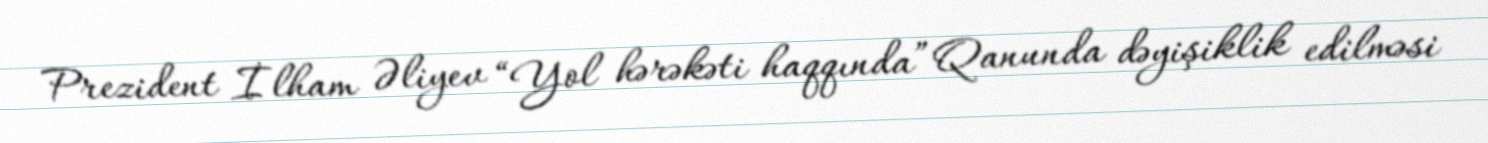
Prezident İlham Əliyev “Yol hərəkəti haqqında” Qanunda dəyişiklik edilməsi